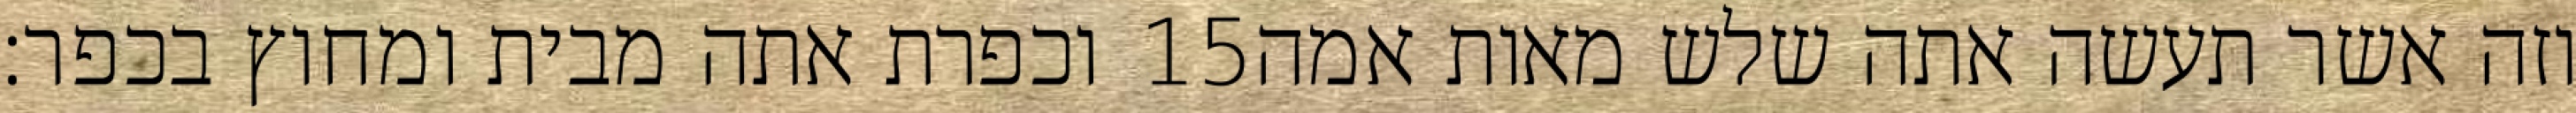
וכפרת אתה מבית ומחוץ בכפר׃ ‎15‏ וזה אשר תעשה אתה שלש מאות אמה